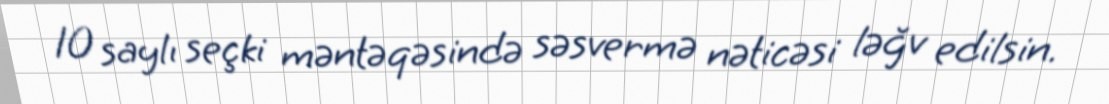
10 saylı seçki məntəqəsində səsvermə nəticəsi ləğv edilsin.